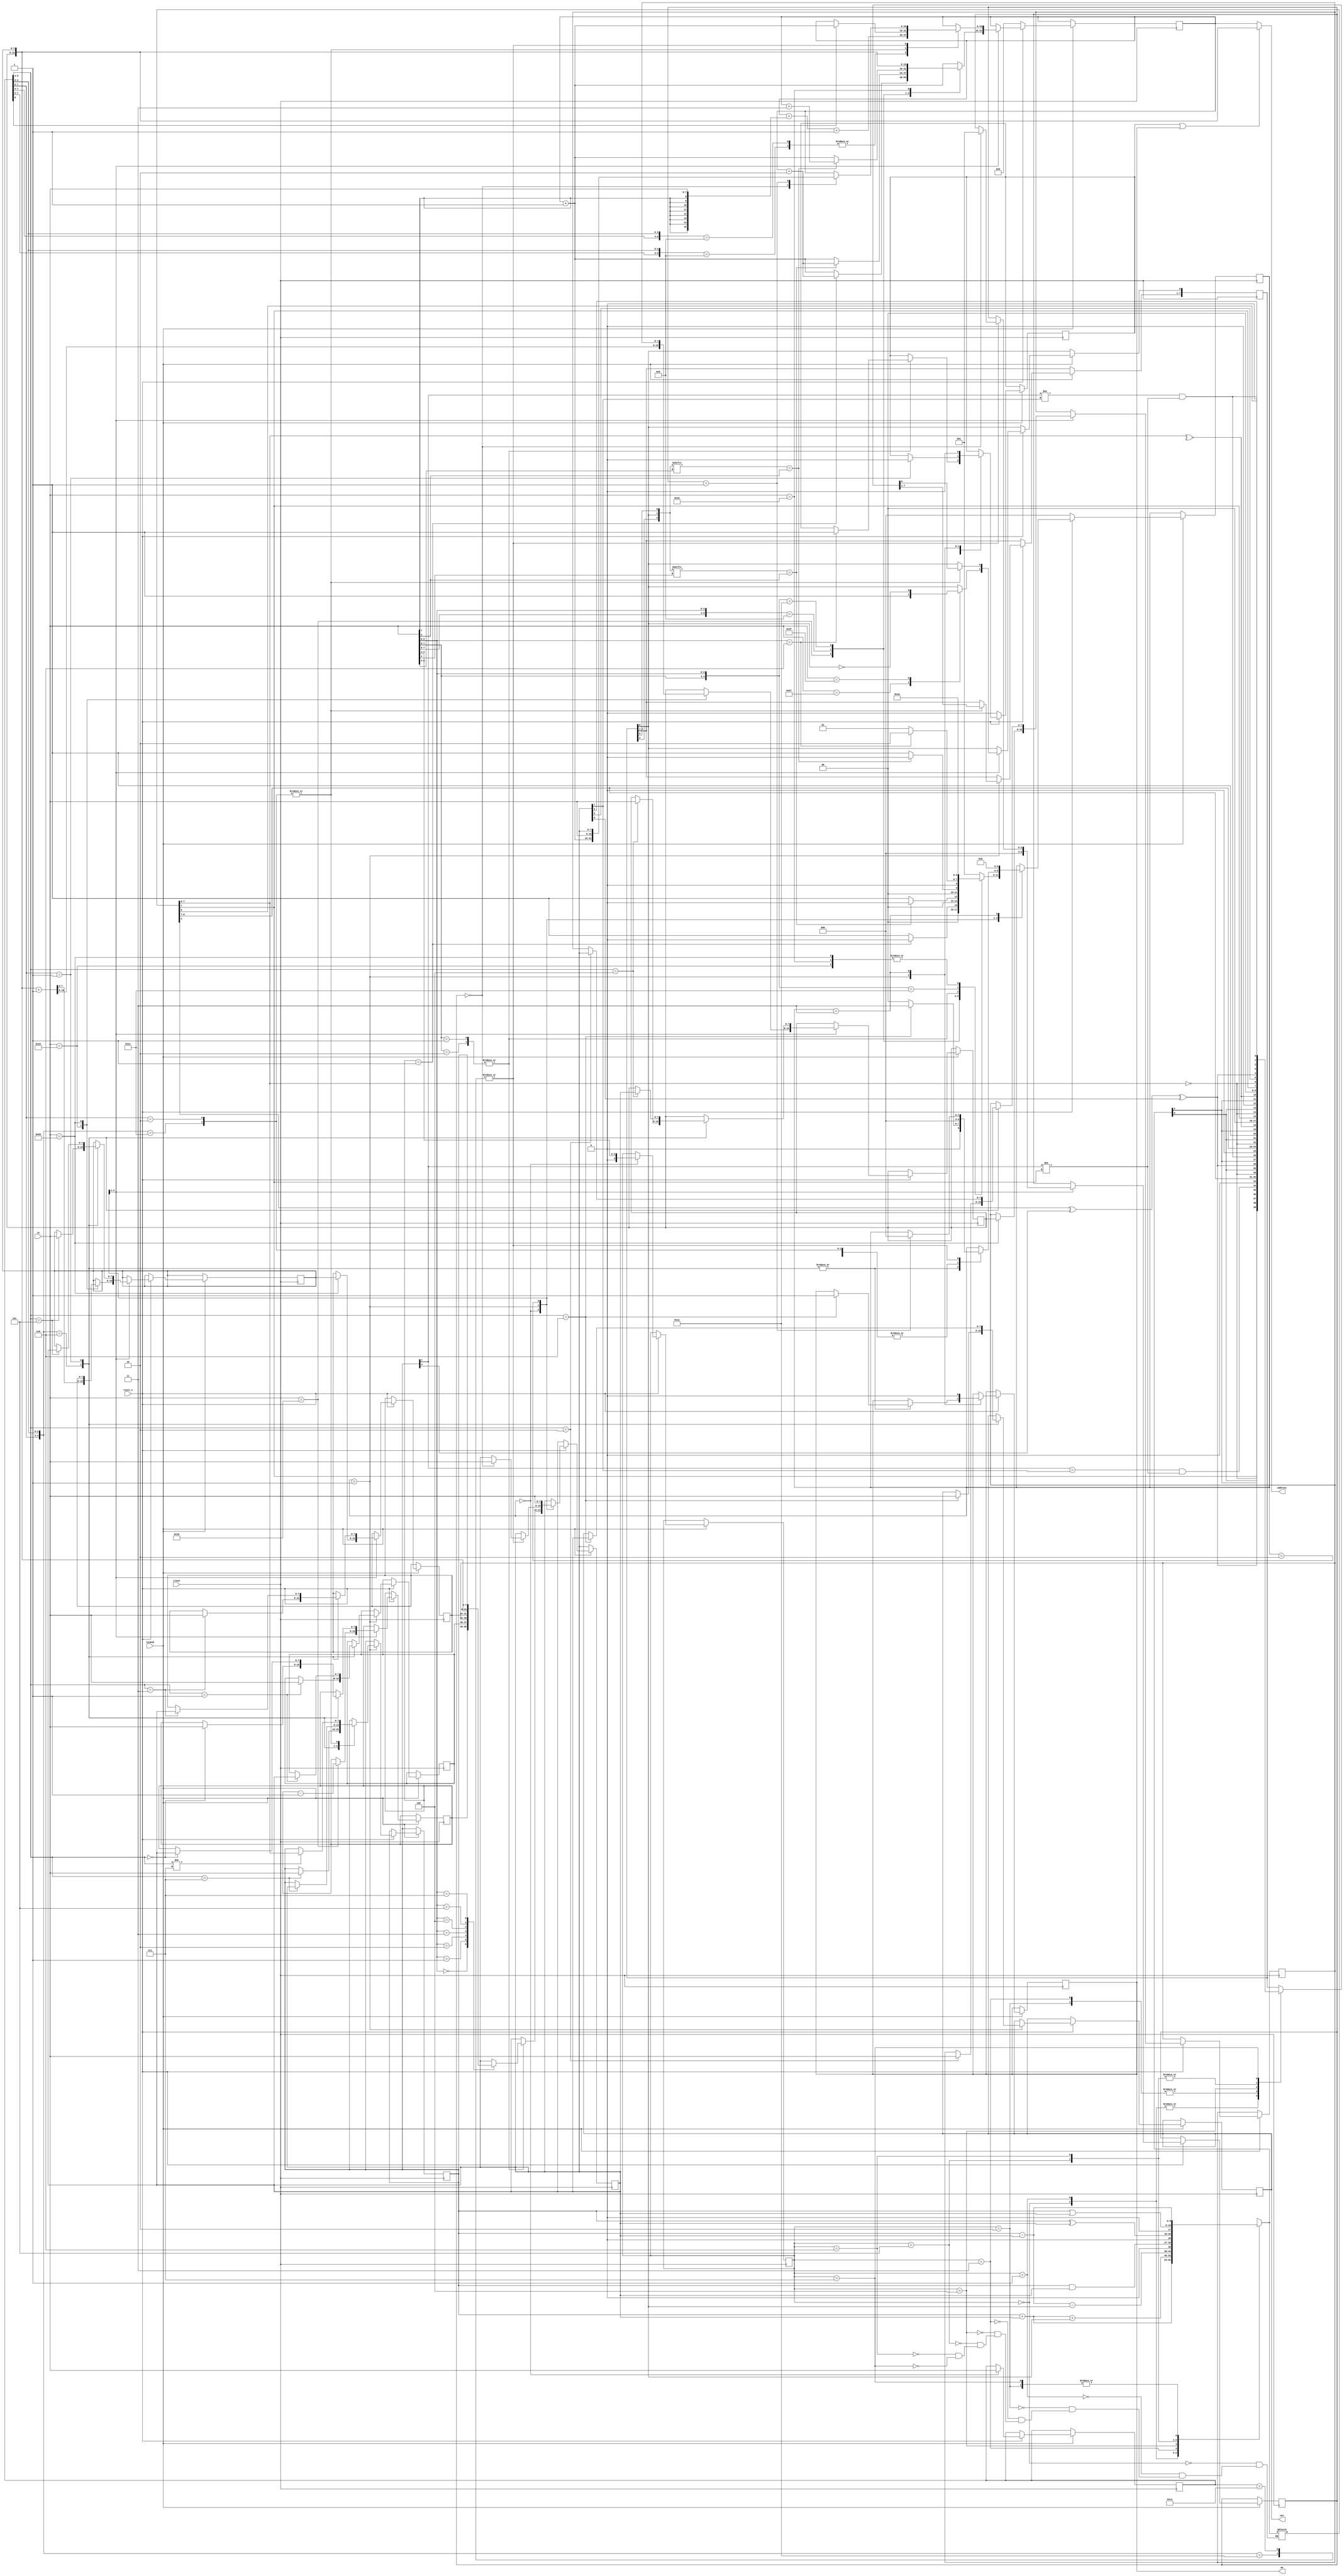
module coremax2
(
    input               clock,
    input               locked,
    input               reset_n,
    output      [15:0]  address,
    input       [ 7:0]  in,
    output  reg [ 7:0]  out,
    output  reg         we
);

assign address = bus | we ? {h,l} : pc;

initial begin out = 8'h00; we = 1'b0; end

localparam
    INIT    = 0,
    EXEC    = 1,
    READM   = 2,
    STOPW   = 3;

// Память регистров 96 бит
// ---------------------------------------------------------------------
reg [ 7:0] b = 8'h00; reg [ 7:0] c = 8'h00;
reg [ 7:0] d = 8'h00; reg [ 7:0] e = 8'h00;
reg [ 7:0] h = 8'h00; reg [ 7:0] l = 8'h00;
reg [ 7:0] a = 8'h00; reg [ 7:0] f = 8'b00000000;
reg [15:0] pc = 16'h0000;
reg [15:0] sp = 16'h0000;
// ---------------------------------------------------------------------
reg [ 2:0]  t       = 3'b0;
reg [ 2:0]  m       = 3'b0;
reg [ 7:0]  opcode  = 8'h00;
reg         bus     = 1'b0;
reg [ 7:0]  wb      = 8'h00;
// ---------------------------------------------------------------------

// АЛУ
// ---------------------------------------------------------------------

reg [ 3:0]  alu     = 3'b000;
reg [ 8:0]  alu_r   = 8'h00;
reg [ 7:0]  alu_f   = 8'h00;

wire zero  = alu_r[7:0]==0;            // Zero
wire par   = ~^alu_r[7:0];             // Parity
wire sign  = alu_r[7];                 // Sign
wire carry = alu_r[8];                 // Carry
wire half  = alu_r[4] ^ a[4] ^ wb[4];  // Half-Carry
wire overa = (a[7] == wb[7]) & (a[7] != alu_r[7]);
wire overs = (a[7] != wb[7]) & (a[7] != alu_r[7]);

// Условия для переходов
wire [2:0] condition = {f[7], f[2], f[0], f[6]};

always @* begin

    alu_f = f;

    case (alu)
    0: alu_r = a + wb;          // ADD
    1: alu_r = a + wb + f[0];   // ADC
    2: alu_r = a - wb;          // SUB
    3: alu_r = a - wb - f[0];   // SBC
    4: alu_r = a & wb;          // AND
    5: alu_r = a ^ wb;          // XOR
    6: alu_r = a | wb;          // OR
    7: alu_r = a - wb;          // CP
    endcase

    case (alu)
    //             7     6        5      4        3       2    1        0
    0: alu_f = {sign, zero, alu_r[5], half, alu_r[3], overa, 1'b0, carry}; // ADD
    1: alu_f = {sign, zero, alu_r[5], half, alu_r[3], overa, 1'b0, carry}; // ADC
    2: alu_f = {sign, zero, alu_r[5], half, alu_r[3], overs, 1'b0, carry}; // SUB
    3: alu_f = {sign, zero, alu_r[5], half, alu_r[3], overs, 1'b0, carry}; // SBC
    4: alu_f = {sign, zero, alu_r[5], 1'b1, alu_r[3], par,   1'b0, 1'b0};  // AND
    5: alu_f = {sign, zero, alu_r[5], 1'b0, alu_r[3], par,   1'b0, 1'b0};  // XOR
    6: alu_f = {sign, zero, alu_r[5], 1'b0, alu_r[3], par,   1'b0, 1'b0};  // OR
    7: alu_f = {sign, zero, wb[5],    half,    wb[3], overs, 1'b0, carry}; // CP
    endcase

end

always @(posedge clock)
if (locked)
if (reset_n == 1'b0) begin pc <= 16'h0000; bus <= 1'b0; t <= INIT; end
else case (t)

    // Декодирование опкода
    INIT: begin

        t       <= EXEC;
        m       <= 1'b0;
        opcode  <= in;
        pc      <= pc + 1'b1;    
        alu     <= in[5:3];

        casex (in)

        // SCF|CCF
        8'b0011_0111: f[0] <= 1'b1;
        8'b0011_1111: f[0] <= ~f[0];      

        // DJNZ *
        8'b0001_0000: begin

            if (b == 1) begin pc <= pc + 2; t <= INIT; end
            b <= b - 1;

        end

        // JR NZ,Z,NC,C *
        // Пропуск JR, если не совпало с условием
        8'b001x_x000: begin
        
            if (condition[ in[4] ] == in[3]) begin

                t  <= INIT;
                pc <= pc + 2;
                
            end

        end
        
        // INC HL
        8'b0010_0011: begin {h,l} <= {h,l} + 1; t <= INIT; end

        // JP ccc, **
        8'b11_xxx_010: begin

            if (condition[ in[5:4] ] == in[3]) begin

                t  <= INIT;
                pc <= pc + 3;
                
            end

        end

        // LD  r8, r8
        // ALU A,  r8
        8'b01_xxx_xxx,
        8'b10_xxx_xxx: begin

            case (in[2:0])
            0: wb <= b; 1: wb <= c;
            2: wb <= d; 3: wb <= e;
            4: wb <= h; 5: wb <= l;
            6: begin t <= READM; bus <= 1; end
            7: wb <= a;
            endcase

        end

        // ALU *
        8'b11_xxx_110: begin t <= READM; end

        // JP (HL)
        8'b1110_1001: begin t <= INIT; pc <= {h,l}; end

        // EX DE, HL
        8'b1110_1011: begin t <= INIT; {d,e} <= {h,l}; {h,l} <= {d,e}; end

        endcase

    end

    EXEC: casex (opcode)

        // DJNZ,JR,JR ссс *
        8'b0001_x000,
        8'b001x_x000: begin

            t  <= INIT;
            pc <= pc + {{8{in[7]}}, in} + 1;
        
        end

        // LD r8, *
        8'b00xx_x110: begin

            t <= INIT;

            case (opcode[5:3])
            0: b <= in; 1: c <= in;
            2: d <= in; 3: e <= in;
            4: h <= in; 5: l <= in;
            6: begin t <= STOPW; out <= in; we <= 1; end
            7: a <= in;
            endcase

        end
        
        // LD r8, r8
        8'b01xx_xxxx: begin

            t   <= INIT;
            bus <= 0;

            case (opcode[5:3])
            0: b <= wb; 1: c <= wb;
            2: d <= wb; 3: e <= wb;
            4: h <= wb; 5: l <= wb;
            6: begin t <= STOPW; out <= wb; we <= 1; end
            7: a <= wb;
            endcase                

        end

        // ALU A, reg|imm
        8'b10_xxx_xxx,
        8'b11_xxx_110: begin

            t <= INIT;
            f <= alu_f;

            // Инструкция CP
            if (opcode[5:3] != 3'b111) a <= alu_r;

            // Immediate
            if (opcode[6]) pc <= pc + 1;

        end

        // JP, JP ccc
        8'b11_000_011,
        8'b11_xxx_010: case (m)

            0: begin m <= 1; wb <= in; pc <= pc + 1; end
            1: begin t <= INIT; pc <= {in, wb}; end

        endcase

    endcase

    READM: begin t <= EXEC; wb <= in; end
    STOPW: begin t <= INIT; we <= 0; bus <= 0; end

endcase

endmodule